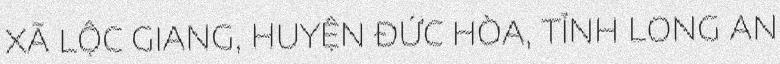
XÃ LỘC GIANG, HUYỆN ĐỨC HÒA, TỈNH LONG AN